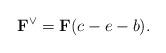
LaTeX: \begin{align*}\mathbf{F}^{\vee}=\mathbf{F}(c-e-b).\end{align*}